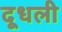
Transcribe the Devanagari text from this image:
दूधली